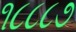
૧૮૮૮૭